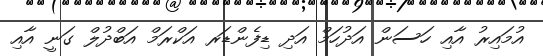
އުމައިރު އާއި ހަސަން އަދުހަމް އަދި ޑިފެންޑަރ އަކްރަމް އަބްދުލް ގަނީ އާއި